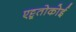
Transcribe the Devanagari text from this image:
एट्टूतोकोई